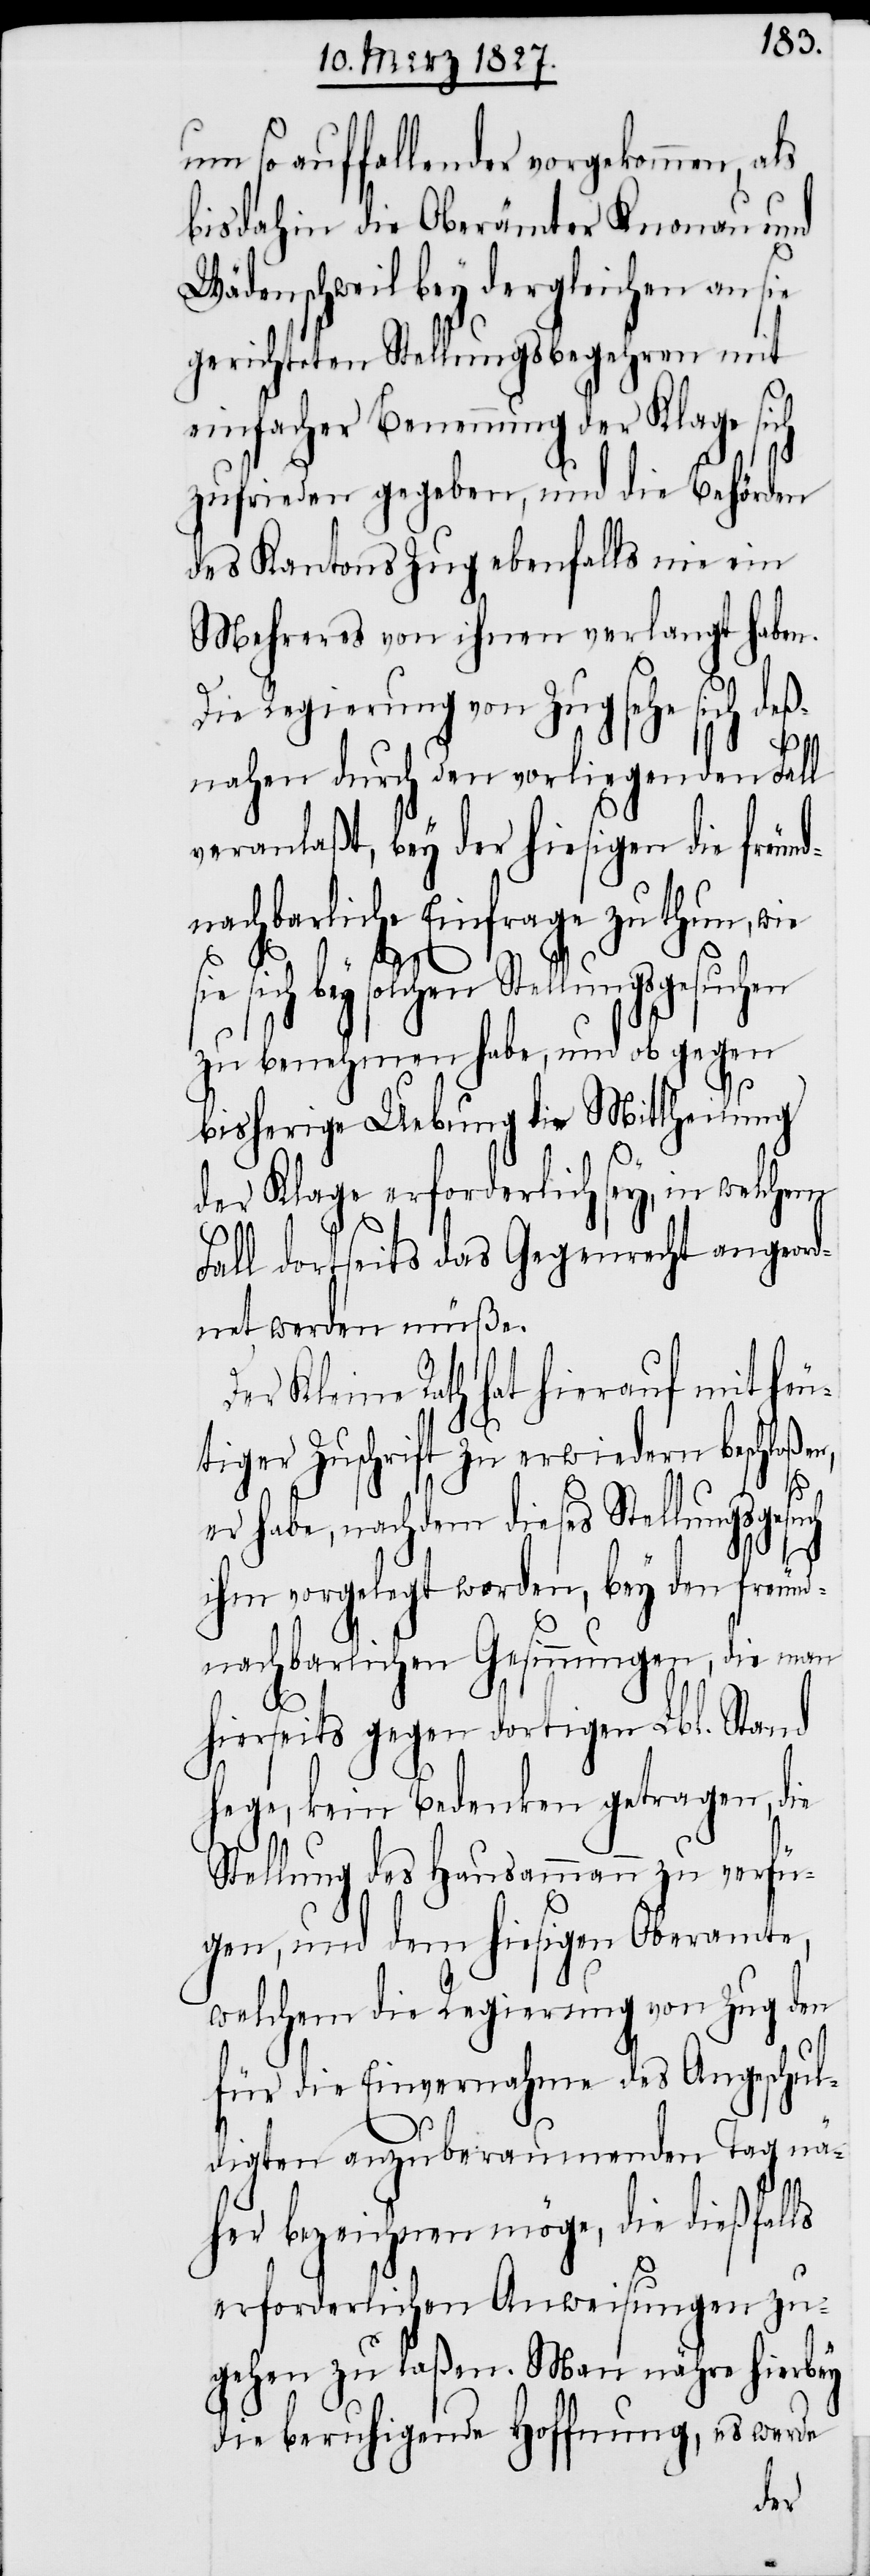
um so auffallender vorgekommen, als
bis dahin die Oberämter Knonau und
denschweil bey dergleichen an
gerichteten Stellungsbegehren mit
einfacher Benennung der Klage sich
zufrieden gegeben, und die Behörden
des Kantons Zug ebenfalls nie ein
Mehreres von ihnen verlangt haben.
Die Regierung von Zug sehe sich de¬
D¬
nahen durch den vorliegenden Fall
veranlaßt, bey der hiesigen die freund¬
nachbarliche Einfrage zu thun, wie
sie
solchen Stellungsgesuchen
zu benehmen habe, und ob gegen
bisherige Uebung die Mittheilung
der Klage erforderlich sey, in welchem
Fall dortseits das Gegenrecht angeord¬
net werden müße.
er Kleine Rath hat hierauf mit heu¬
tiger Zuschrift zu erwiedern beschloßen,
er habe, nachdem dieses Stellungsgesuch
ihm vorgelegt worden, bey den freund¬
nachbarlichen Gesinnungen, die man
hierseits gegen dortigen Lbl. Stand
hege, kein Bedenken getragen, die
Stellung des Hausammann zu verfü¬
gen, und dem hiesigen Oberamte,
welchem die Regierung von Zug den
für die Einvernahme des Angeschul¬
digten anzuberaumenden Tag nä¬
her bezeichnen möge, die dießfalls
erforderlichen Anweisungen zu¬
gehen zu laßen. Man nähre hierbey
die beruhigende Hoffnung, es werde